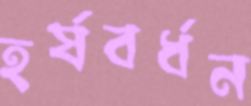
হর্ষবর্ধন